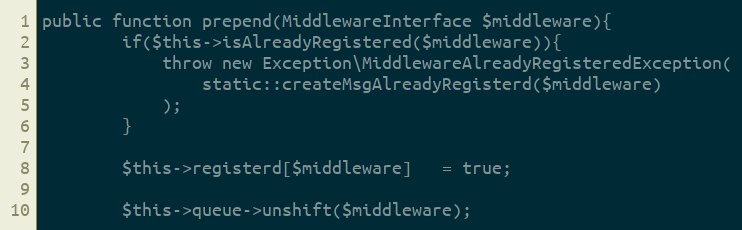
Language: PHP
public function prepend(MiddlewareInterface $middleware){
        if($this->isAlreadyRegistered($middleware)){
            throw new Exception\MiddlewareAlreadyRegisteredException(
                static::createMsgAlreadyRegisterd($middleware)
            );
        }

        $this->registerd[$middleware]   = true;

        $this->queue->unshift($middleware);